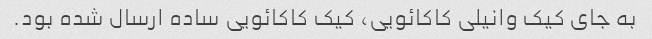
به جای کیک وانیلی کاکائویی، کیک کاکائویی ساده ارسال شده بود.